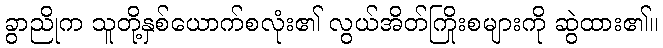
ခွာညိုက သူတို့နှစ်ယောက်စလုံး၏ လွယ်အိတ်ကြိုးစများကို ဆွဲထား၏။